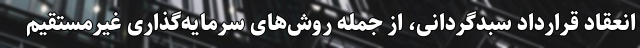
انعقاد قرارداد سبدگردانی، از جمله روش‌های سرمایه‌گذاری غیرمستقیم